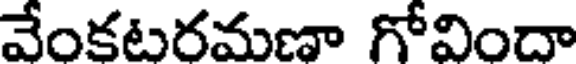
వేంకటరమణా గోవిందా